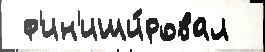
 ф'ин'иши́ровал